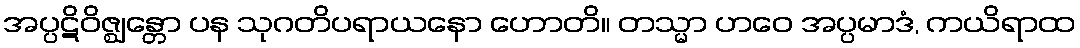
အပ္ပဋိဝိဇ္ဈန္တော ပန သုဂတိပရာယနော ဟောတိ။ တသ္မာ ဟဝေ အပ္ပမာဒံ, ကယိရာထ